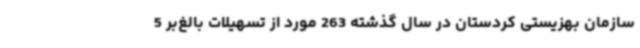
سازمان بهزیستی کردستان در سال گذشته 263 مورد از تسهیلات بالغ‌بر 5